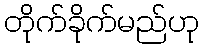
တိုက်ခိုက်မည်ဟု